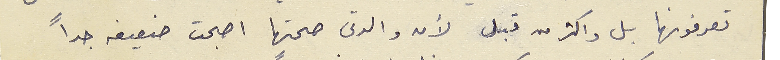
تعرفونها بل واكثر من قبل لأن والدتى صحتها اصبحت ضعيفه جداً